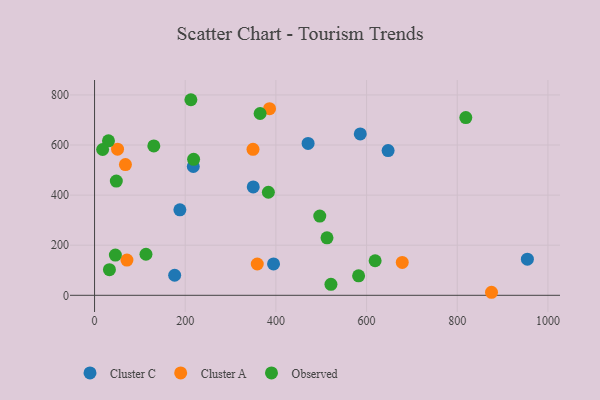
{"axis": {"x": "Engine Size", "y": "Exam Score"}, "legend": ["Cluster A", "Cluster C", "Observed"], "data": [{"x": "188.2", "y": 341.4, "type": "Cluster C"}, {"x": "217.8", "y": 514.2, "type": "Cluster C"}, {"x": "176.7", "y": 80.0, "type": "Cluster C"}, {"x": "586.1", "y": 644.4, "type": "Cluster C"}, {"x": "350.0", "y": 432.9, "type": "Cluster C"}, {"x": "394.8", "y": 125.1, "type": "Cluster C"}, {"x": "647.5", "y": 577.9, "type": "Cluster C"}, {"x": "471.0", "y": 606.6, "type": "Cluster C"}, {"x": "954.7", "y": 144.3, "type": "Cluster C"}, {"x": "50.7", "y": 583.3, "type": "Cluster A"}, {"x": "68.1", "y": 522.1, "type": "Cluster A"}, {"x": "678.7", "y": 131.1, "type": "Cluster A"}, {"x": "386.0", "y": 745.2, "type": "Cluster A"}, {"x": "875.6", "y": 12.1, "type": "Cluster A"}, {"x": "358.9", "y": 124.9, "type": "Cluster A"}, {"x": "349.5", "y": 582.7, "type": "Cluster A"}, {"x": "71.4", "y": 140.5, "type": "Cluster A"}, {"x": "521.4", "y": 43.7, "type": "Observed"}, {"x": "32.8", "y": 102.2, "type": "Observed"}, {"x": "818.9", "y": 709.7, "type": "Observed"}, {"x": "30.7", "y": 616.9, "type": "Observed"}, {"x": "212.5", "y": 780.9, "type": "Observed"}, {"x": "496.8", "y": 316.5, "type": "Observed"}, {"x": "582.4", "y": 77.9, "type": "Observed"}, {"x": "618.9", "y": 137.9, "type": "Observed"}, {"x": "383.4", "y": 411.5, "type": "Observed"}, {"x": "17.8", "y": 582.1, "type": "Observed"}, {"x": "113.4", "y": 163.9, "type": "Observed"}, {"x": "45.9", "y": 160.7, "type": "Observed"}, {"x": "512.7", "y": 229.6, "type": "Observed"}, {"x": "365.2", "y": 725.9, "type": "Observed"}, {"x": "218.5", "y": 543.1, "type": "Observed"}, {"x": "48.0", "y": 456.1, "type": "Observed"}, {"x": "130.7", "y": 596.6, "type": "Observed"}]}